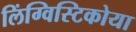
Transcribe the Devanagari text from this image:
लिंग्विस्टिकोया